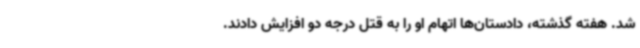
شد. هفته گذشته، دادستان‌ها اتهام او را به قتل درجه دو افزایش دادند.